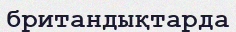
британдықтарда